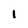
Character: 1